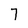
Character: 7